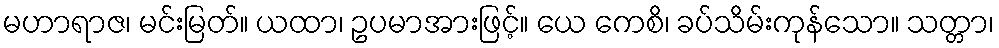
မဟာရာဇ၊ မင်းမြတ်။ ယထာ၊ ဥပမာအားဖြင့်။ ယေ ကေစိ၊ ခပ်သိမ်းကုန်သော။ သတ္တာ၊